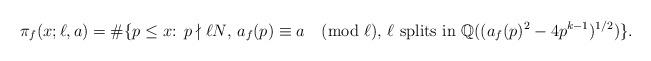
LaTeX: \begin{align*}\pi_f(x;\ell,a)=\#\{\textup{$p\leq x$: $p\nmid\ell N$, $a_f(p)\equiv a\pmod\ell$, $\ell$ splits in $\mathbb{Q}((a_f(p)^2-4p^{k-1})^{1/2})$}\}.\end{align*}